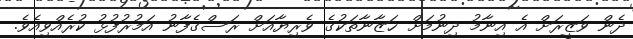
ދެން ވަޒީރަށް އެ އިނާމު ދިނުމަށް ޚަޒާނާތަކުގެ ވެރިޔާއަށް ރަސްގެފާނު އަމުރުފުޅު ކުރެއްވިއެވެ.